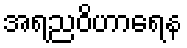
အရညဝိဟာရေန